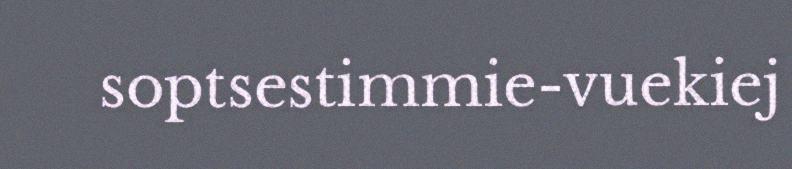
soptsestimmie-vuekiej